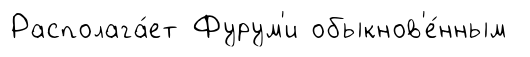
Располага́ет Фурум'и обыкнов'е́нным